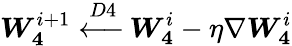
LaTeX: \boldsymbol{W_{4}}^{i+1}\xleftarrow{D4}\boldsymbol{W_{4}}^{i}-\eta\nabla\boldsymbol{W_{4}}^{i}